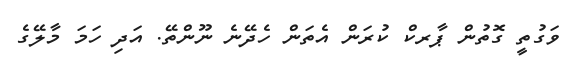
ވަގުތީ ގޮތުން ޕާރކް ކުރަން އެތަން ހެދޭނެ ނޫންތޭ. އަދި ހަމަ މާލޭގެ